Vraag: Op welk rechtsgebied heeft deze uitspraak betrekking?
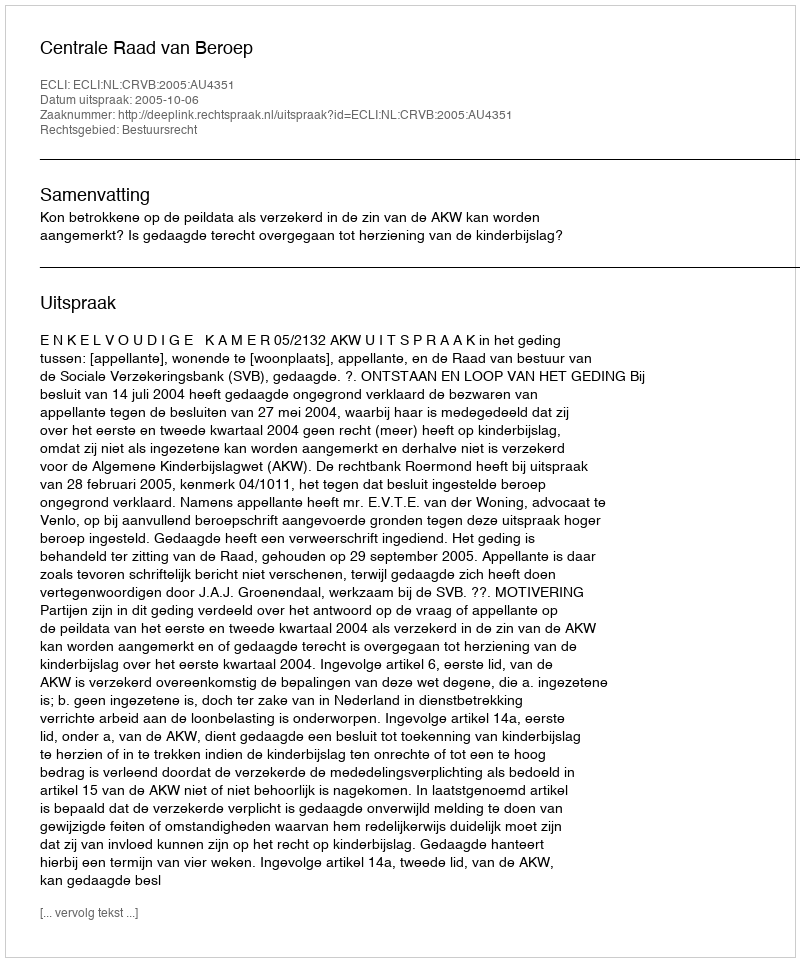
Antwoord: Bestuursrecht